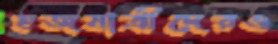
হজযাত্রীদেরও